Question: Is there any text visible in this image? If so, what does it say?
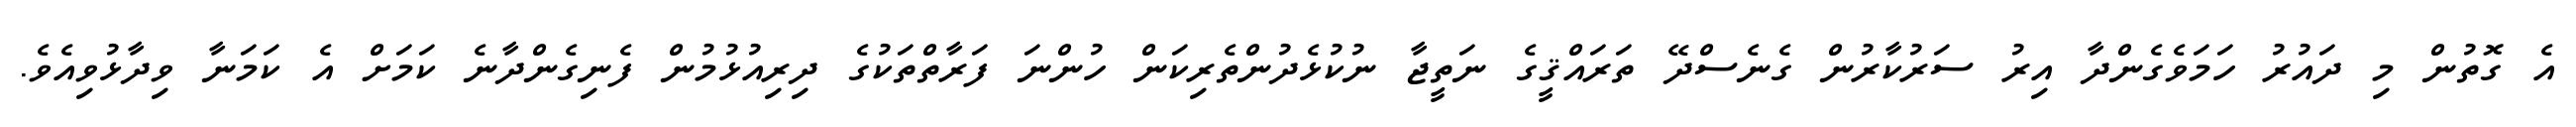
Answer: އެ ގޮތުން މި ދައުރު ހަމަވެގެންދާ އިރު ސަރުކާރުން ގެނެސްދޭ ތަރައްޤީގެ ނަތީޖާ ނުކުޅެދުންތެރިކަން ހުންނަ ފަރާތްތަކުގެ ދިރިއުޅުމުން ފެނިގެންދާނެ ކަމަށް އެ ކަމަނާ ވިދާޅުވިއެވެ.